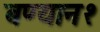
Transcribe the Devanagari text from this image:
बण्यान१